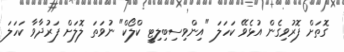
ގޮތަށް ފޮރުވިގެން އުޅެވޭ ކަހަލަ "އިންވިސިބިލިޓީ ކްލޯކް" ނުވަތަ ލޮލަށް ފަރުދާވާ ކަހަލަ